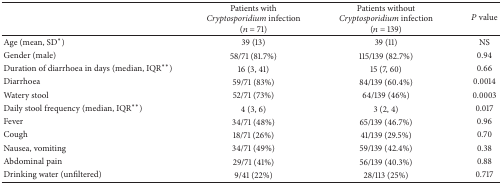
<table><thead><tr><td><b> </b></td><td><b>Patients with <i>Cryptosporidium</i> infection (<i>n</i> = 71)</b></td><td><b>Patients without <i>Cryptosporidium</i> infection (<i>n</i> = 139)</b></td><td><b><i>P</i> value</b></td></tr></thead><tbody><tr><td>Age (mean, SD<sup><i>∗</i></sup>)</td><td>39 (13)</td><td>39 (11)</td><td>NS</td></tr><tr><td>Gender (male)</td><td>58/71 (81.7%)</td><td>115/139 (82.7%)</td><td>0.94</td></tr><tr><td>Duration of diarrhoea in days (median, IQR<sup><i>∗∗</i></sup>)</td><td>16 (3, 41)</td><td>15 (7, 60)</td><td>0.66</td></tr><tr><td>Diarrhoea</td><td>59/71 (83%)</td><td>84/139 (60.4%)</td><td>0.0014</td></tr><tr><td>Watery stool</td><td>52/71 (73%)</td><td>64/139 (46%)</td><td>0.0003</td></tr><tr><td>Daily stool frequency (median, IQR<sup><i>∗∗</i></sup>)</td><td>4 (3, 6)</td><td>3 (2, 4)</td><td>0.017</td></tr><tr><td>Fever </td><td>34/71 (48%)</td><td>65/139 (46.7%)</td><td>0.96</td></tr><tr><td>Cough </td><td>18/71 (26%)</td><td>41/139 (29.5%)</td><td>0.70</td></tr><tr><td>Nausea, vomiting </td><td>34/71 (49%)</td><td>59/139 (42.4%)</td><td>0.38</td></tr><tr><td>Abdominal pain </td><td>29/71 (41%)</td><td>56/139 (40.3%)</td><td>0.88</td></tr><tr><td>Drinking water (unfiltered)</td><td>9/41 (22%)</td><td>28/113 (25%)</td><td>0.717</td></tr></tbody></table>